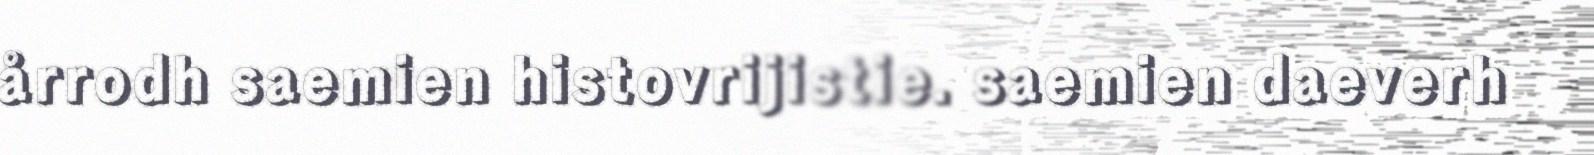
årrodh saemien histovrijistie. saemien daeverh